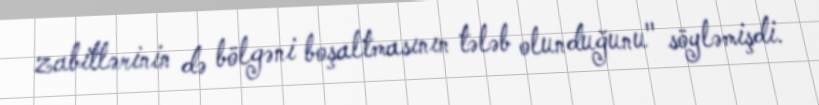
zabitlərinin də bölgəni boşaltmasının tələb olunduğunu" söyləmişdi.